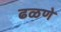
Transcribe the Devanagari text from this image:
ढळणे